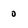
Character: 0